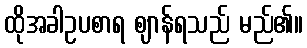
ထိုအခါဥပစာရ ဈာန်ရသည် မည်၏။